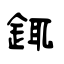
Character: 銸